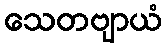
သေတဗျာယံ